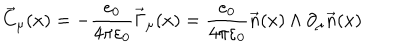
\vec { C } _ { \mu } ( x ) = - \frac { e _ { 0 } } { 4 \pi \varepsilon _ { 0 } } \vec { \Gamma } _ { \mu } ( x ) = \frac { e _ { 0 } } { 4 \pi \varepsilon _ { 0 } } \vec { n } ( x ) \wedge \partial _ { \mu } \vec { n } ( x )